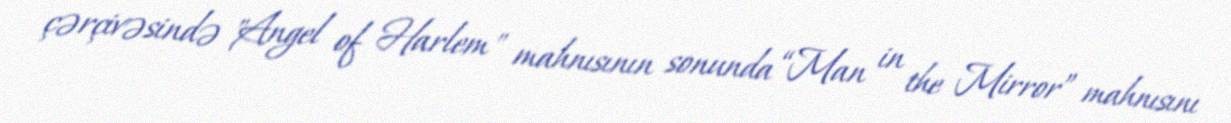
çərçivəsində "Angel of Harlem" mahnısının sonunda “Man in the Mirror” mahnısını